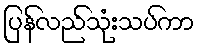
ပြန်လည်သုံးသပ်ကာ